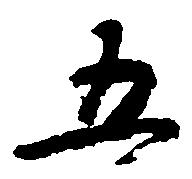
五